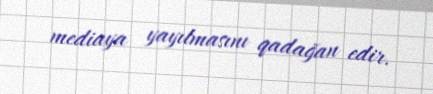
mediaya yayılmasını qadağan edir.